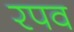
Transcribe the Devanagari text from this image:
रपव